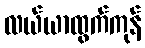
လယ်ယာထွက်ကုန်